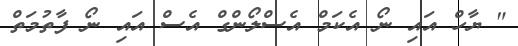
" ޔާހް އައި ނޯ އެކަމް އެސްލޯންގް އެސް އައި ނޯ ފާތުމަތް